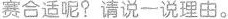
赛合适呢?请说一说理由。